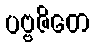
ပဗ္ဗဇိတေ